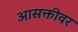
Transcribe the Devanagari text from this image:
आसक्तीवर